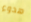
هدوء